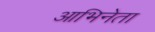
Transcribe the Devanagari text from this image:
आभिनेता